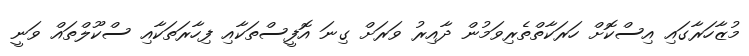
މުޒާހަރާގައި އިސްކޮށް ހަރަކާތްތެރިވަމުން ދާއިރު ވަރަށް ގިނަ އޮފީސްތަކާއި ފިހާރަތަކާއި ސްކޫލްތައް ވަނީ